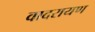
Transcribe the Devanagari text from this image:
वादरायण